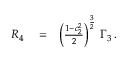
\begin{array} { r l r } { { \cal R } _ { 4 } } & { { } = } & { \left( \frac { 1 - c _ { 2 } ^ { 2 } } { 2 } \right) ^ { \frac { 3 } { 2 } } \, \Gamma _ { 3 } \, . } \end{array}